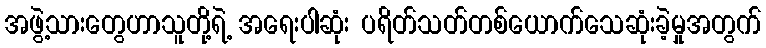
အဖွဲ့သားတွေဟာသူတို့ရဲ့ အရေးပါဆုံး ပရိတ်သတ်တစ်ယောက်သေဆုံးခဲ့မှုအတွက်